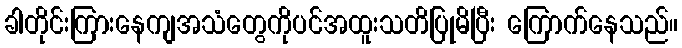
ခါတိုင်းကြားနေကျအသံတွေကိုပင်အထူးသတိပြုမိပြီး ကြောက်နေသည်။